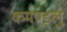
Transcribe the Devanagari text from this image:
कमण्ड्लु